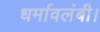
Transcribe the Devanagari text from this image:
धर्मावलंबी।